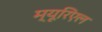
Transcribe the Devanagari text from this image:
म्यूरिएल